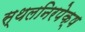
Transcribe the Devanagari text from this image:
स्थलनिरपेक्ष